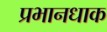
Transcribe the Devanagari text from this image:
प्रभानधाक